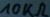
Text: 10kΩ